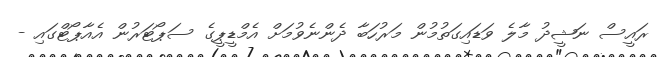
ރައީސް ނަޝީދު މާލެ ވަޑައިގަތުމުން މަރުހަބާ ދެންނެވުމަށް އެމްޑީޕީގެ ސަޕޯޓަރުން އެއާޕޯޓްގައި -